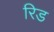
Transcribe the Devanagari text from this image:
रिड